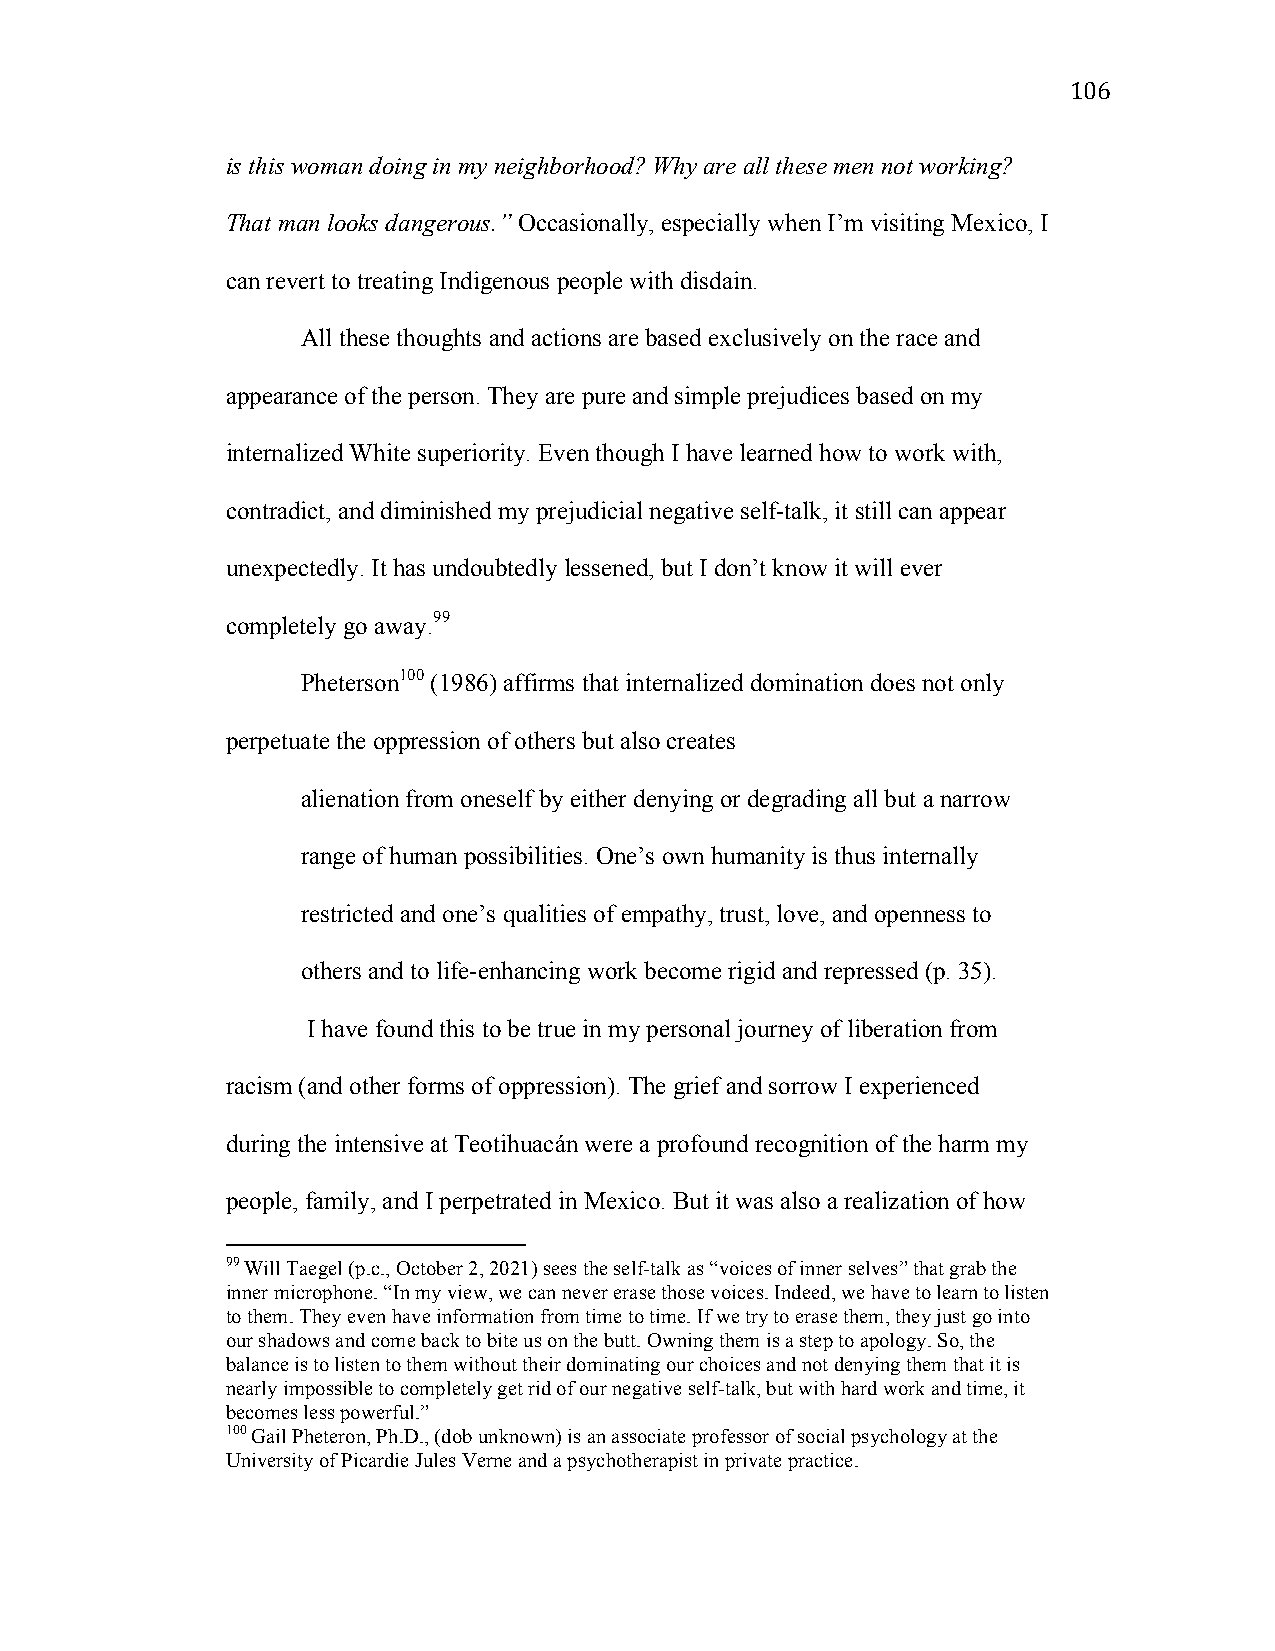
106
 is this woman doing in my neighborhood? Why are all these men not working?
 That man looks dangerous.” Occasionally, especially when I’m visiting Mexico, I
 can revert to treating Indigenous people with disdain.
 All these thoughts and actions are based exclusively on the race and
 appearance of the person. They are pure and simple prejudices based on my
 internalized White superiority. Even though I have learned how to work with,
 contradict, and diminished my prejudicial negative self-talk, it still can appear
 unexpectedly. It has undoubtedly lessened, but I don’t know it will ever
 completely go away.99
 Pheterson100 (1986) affirms that internalized domination does not only
 perpetuate the oppression of others but also creates
 alienation from oneself by either denying or degrading all but a narrow
 range of human possibilities. One’s own humanity is thus internally
 restricted and one’s qualities of empathy, trust, love, and openness to
 others and to life-enhancing work become rigid and repressed (p. 35).
 I have found this to be true in my personal journey of liberation from
 racism (and other forms of oppression). The grief and sorrow I experienced
 during the intensive at Teotihuacán were a profound recognition of the harm my
 people, family, and I perpetrated in Mexico. But it was also a realization of how
 99 Will Taegel (p.c., October 2, 2021) sees the self-talk as “voices of inner selves” that grab the
 inner microphone. “In my view, we can never erase those voices. Indeed, we have to learn to listen
 to them. They even have information from time to time. If we try to erase them, they just go into
 our shadows and come back to bite us on the butt. Owning them is a step to apology. So, the
 balance is to listen to them without their dominating our choices and not denying them that it is
 nearly impossible to completely get rid of our negative self-talk, but with hard work and time, it
 becomes less powerful.”
 100 Gail Pheteron, Ph.D., (dob unknown) is an associate professor of social psychology at the
 University of Picardie Jules Verne and a psychotherapist in private practice.